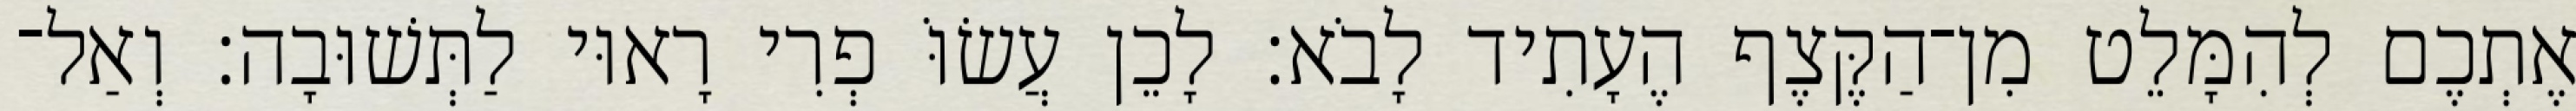
אֶתְכֶם לְהִמָּלֵט מִן־הַקֶּצֶף הֶעָתִיד לָבֹא׃ לָכֵן עֲשׂוֹּ פְרִי רָאוּי לַתְּשׁוּבָה׃ וְאַל־